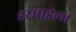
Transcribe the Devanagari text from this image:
इस्माइला